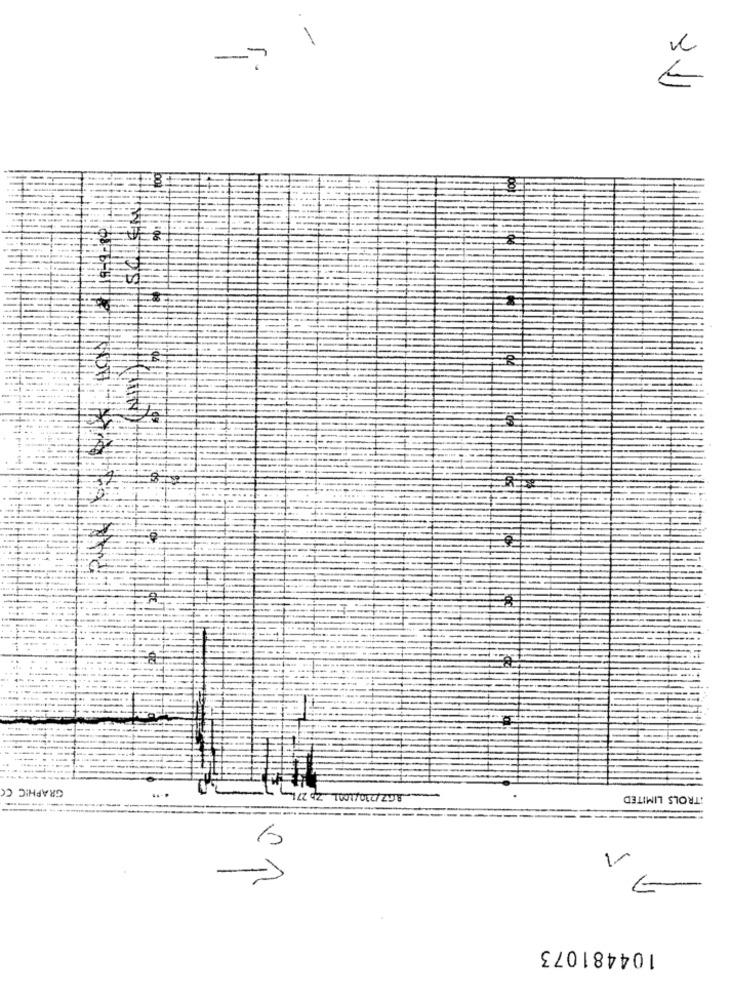
106
GRAPHIC CO
UL
ITROLS LIMITED
-------
6
1-
104481073